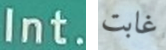
Int. غابت